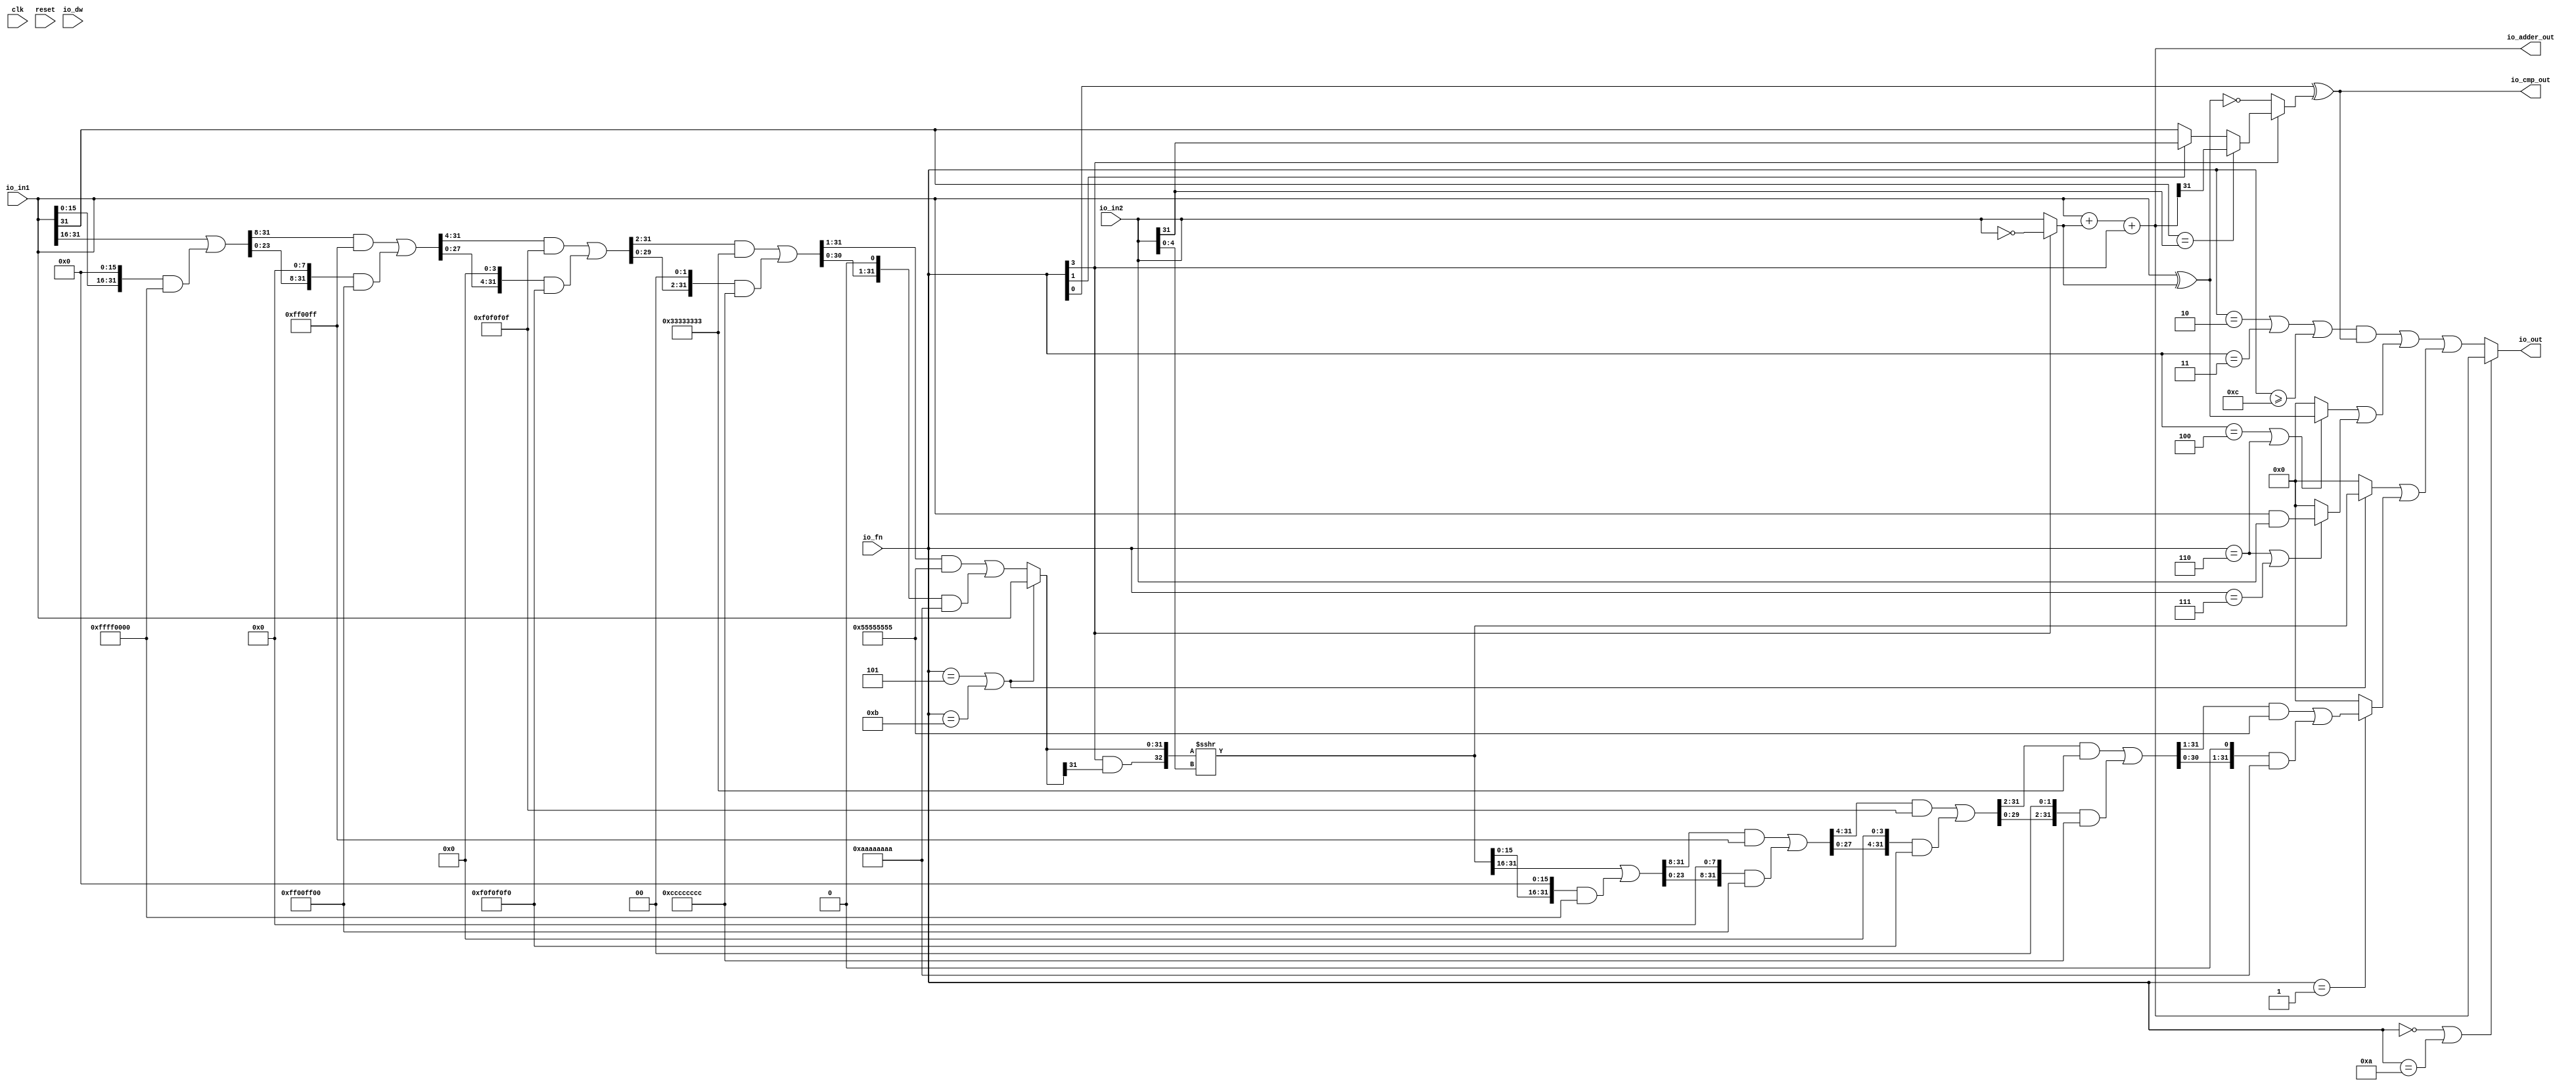
// Copyright (c) 2017, Microsemi Corporation
// All rights reserved.
//
// Redistribution and use in source and binary forms, with or without
// modification, are permitted provided that the following conditions are met:
//     * Redistributions of source code must retain the above copyright
//       notice, this list of conditions and the following disclaimer.
//     * Redistributions in binary form must reproduce the above copyright
//       notice, this list of conditions and the following disclaimer in the
//       documentation and/or other materials provided with the distribution.
//     * Neither the name of the <organization> nor the
//       names of its contributors may be used to endorse or promote products
//       derived from this software without specific prior written permission.
//
// THIS SOFTWARE IS PROVIDED BY THE COPYRIGHT HOLDERS AND CONTRIBUTORS "AS IS" AND
// ANY EXPRESS OR IMPLIED WARRANTIES, INCLUDING, BUT NOT LIMITED TO, THE IMPLIED
// WARRANTIES OF MERCHANTABILITY AND FITNESS FOR A PARTICULAR PURPOSE ARE
// DISCLAIMED. IN NO EVENT SHALL MICROSEMI CORPORATIONM BE LIABLE FOR ANY
// DIRECT, INDIRECT, INCIDENTAL, SPECIAL, EXEMPLARY, OR CONSEQUENTIAL DAMAGES
// (INCLUDING, BUT NOT LIMITED TO, PROCUREMENT OF SUBSTITUTE GOODS OR SERVICES;
// LOSS OF USE, DATA, OR PROFITS; OR BUSINESS INTERRUPTION) HOWEVER CAUSED AND
// ON ANY THEORY OF LIABILITY, WHETHER IN CONTRACT, STRICT LIABILITY, OR TORT
// (INCLUDING NEGLIGENCE OR OTHERWISE) ARISING IN ANY WAY OUT OF THE USE OF THIS
// SOFTWARE, EVEN IF ADVISED OF THE POSSIBILITY OF SUCH DAMAGE.
//
// Description:
//
// SVN Revision Information:
// SVN $Revision: 29484 $
// SVN $Date: 2017-03-31 09:57:25 +0100 (Fri, 31 Mar 2017) $
//
// Resolved SARs
// SAR      Date     Who   Description
//
// Notes:
//
// ****************************************************************************/
`define RANDOMIZE
`timescale 1ns/10ps
module PROC_SUBSYSTEM_CORERISCV_AXI4_0_CORERISCV_AXI4_ALU(
  input   clk,
  input   reset,
  input   io_dw,
  input  [3:0] io_fn,
  input  [31:0] io_in2,
  input  [31:0] io_in1,
  output [31:0] io_out,
  output [31:0] io_adder_out,
  output  io_cmp_out
);
  wire  T_6;
  wire [31:0] T_7;
  wire [31:0] in2_inv;
  wire [31:0] in1_xor_in2;
  wire [32:0] T_8;
  wire [31:0] T_9;
  wire [31:0] GEN_0;
  wire [32:0] T_11;
  wire [31:0] T_12;
  wire  T_13;
  wire  T_16;
  wire  T_18;
  wire  T_19;
  wire  T_20;
  wire  T_21;
  wire  T_22;
  wire  T_23;
  wire  T_26;
  wire  T_27;
  wire  T_28;
  wire  T_29;
  wire [4:0] shamt;
  wire  T_30;
  wire  T_31;
  wire  T_32;
  wire [15:0] T_37;
  wire [31:0] T_38;
  wire [15:0] T_39;
  wire [31:0] GEN_1;
  wire [31:0] T_40;
  wire [31:0] T_42;
  wire [31:0] T_43;
  wire [23:0] T_47;
  wire [31:0] GEN_2;
  wire [31:0] T_48;
  wire [23:0] T_49;
  wire [31:0] GEN_3;
  wire [31:0] T_50;
  wire [31:0] T_52;
  wire [31:0] T_53;
  wire [27:0] T_57;
  wire [31:0] GEN_4;
  wire [31:0] T_58;
  wire [27:0] T_59;
  wire [31:0] GEN_5;
  wire [31:0] T_60;
  wire [31:0] T_62;
  wire [31:0] T_63;
  wire [29:0] T_67;
  wire [31:0] GEN_6;
  wire [31:0] T_68;
  wire [29:0] T_69;
  wire [31:0] GEN_7;
  wire [31:0] T_70;
  wire [31:0] T_72;
  wire [31:0] T_73;
  wire [30:0] T_77;
  wire [31:0] GEN_8;
  wire [31:0] T_78;
  wire [30:0] T_79;
  wire [31:0] GEN_9;
  wire [31:0] T_80;
  wire [31:0] T_82;
  wire [31:0] T_83;
  wire [31:0] shin;
  wire  T_85;
  wire  T_86;
  wire [32:0] T_87;
  wire [32:0] T_88;
  wire [32:0] T_89;
  wire [31:0] shout_r;
  wire [15:0] T_94;
  wire [31:0] T_95;
  wire [15:0] T_96;
  wire [31:0] GEN_10;
  wire [31:0] T_97;
  wire [31:0] T_99;
  wire [31:0] T_100;
  wire [23:0] T_104;
  wire [31:0] GEN_11;
  wire [31:0] T_105;
  wire [23:0] T_106;
  wire [31:0] GEN_12;
  wire [31:0] T_107;
  wire [31:0] T_109;
  wire [31:0] T_110;
  wire [27:0] T_114;
  wire [31:0] GEN_13;
  wire [31:0] T_115;
  wire [27:0] T_116;
  wire [31:0] GEN_14;
  wire [31:0] T_117;
  wire [31:0] T_119;
  wire [31:0] T_120;
  wire [29:0] T_124;
  wire [31:0] GEN_15;
  wire [31:0] T_125;
  wire [29:0] T_126;
  wire [31:0] GEN_16;
  wire [31:0] T_127;
  wire [31:0] T_129;
  wire [31:0] T_130;
  wire [30:0] T_134;
  wire [31:0] GEN_17;
  wire [31:0] T_135;
  wire [30:0] T_136;
  wire [31:0] GEN_18;
  wire [31:0] T_137;
  wire [31:0] T_139;
  wire [31:0] shout_l;
  wire [31:0] T_144;
  wire  T_145;
  wire [31:0] T_147;
  wire [31:0] shout;
  wire  T_148;
  wire  T_149;
  wire  T_150;
  wire [31:0] T_152;
  wire  T_154;
  wire  T_155;
  wire [31:0] T_156;
  wire [31:0] T_158;
  wire [31:0] logic$;
  wire  T_159;
  wire  T_160;
  wire  T_161;
  wire  T_162;
  wire  T_163;
  wire  T_164;
  wire [31:0] GEN_19;
  wire [31:0] T_165;
  wire [31:0] shift_logic;
  wire  T_166;
  wire  T_167;
  wire  T_168;
  wire [31:0] out;
  assign io_out = out;
  assign io_adder_out = T_12;
  assign io_cmp_out = T_29;
  assign T_6 = io_fn[3];
  assign T_7 = ~ io_in2;
  assign in2_inv = T_6 ? T_7 : io_in2;
  assign in1_xor_in2 = io_in1 ^ in2_inv;
  assign T_8 = io_in1 + in2_inv;
  assign T_9 = T_8[31:0];
  assign GEN_0 = {{31'd0}, T_6};
  assign T_11 = T_9 + GEN_0;
  assign T_12 = T_11[31:0];
  assign T_13 = io_fn[0];
  assign T_16 = T_6 == 1'h0;
  assign T_18 = in1_xor_in2 == 32'h0;
  assign T_19 = io_in1[31];
  assign T_20 = io_in2[31];
  assign T_21 = T_19 == T_20;
  assign T_22 = io_adder_out[31];
  assign T_23 = io_fn[1];
  assign T_26 = T_23 ? T_20 : T_19;
  assign T_27 = T_21 ? T_22 : T_26;
  assign T_28 = T_16 ? T_18 : T_27;
  assign T_29 = T_13 ^ T_28;
  assign shamt = io_in2[4:0];
  assign T_30 = io_fn == 4'h5;
  assign T_31 = io_fn == 4'hb;
  assign T_32 = T_30 | T_31;
  assign T_37 = io_in1[31:16];
  assign T_38 = {{16'd0}, T_37};
  assign T_39 = io_in1[15:0];
  assign GEN_1 = {{16'd0}, T_39};
  assign T_40 = GEN_1 << 16;
  assign T_42 = T_40 & 32'hffff0000;
  assign T_43 = T_38 | T_42;
  assign T_47 = T_43[31:8];
  assign GEN_2 = {{8'd0}, T_47};
  assign T_48 = GEN_2 & 32'hff00ff;
  assign T_49 = T_43[23:0];
  assign GEN_3 = {{8'd0}, T_49};
  assign T_50 = GEN_3 << 8;
  assign T_52 = T_50 & 32'hff00ff00;
  assign T_53 = T_48 | T_52;
  assign T_57 = T_53[31:4];
  assign GEN_4 = {{4'd0}, T_57};
  assign T_58 = GEN_4 & 32'hf0f0f0f;
  assign T_59 = T_53[27:0];
  assign GEN_5 = {{4'd0}, T_59};
  assign T_60 = GEN_5 << 4;
  assign T_62 = T_60 & 32'hf0f0f0f0;
  assign T_63 = T_58 | T_62;
  assign T_67 = T_63[31:2];
  assign GEN_6 = {{2'd0}, T_67};
  assign T_68 = GEN_6 & 32'h33333333;
  assign T_69 = T_63[29:0];
  assign GEN_7 = {{2'd0}, T_69};
  assign T_70 = GEN_7 << 2;
  assign T_72 = T_70 & 32'hcccccccc;
  assign T_73 = T_68 | T_72;
  assign T_77 = T_73[31:1];
  assign GEN_8 = {{1'd0}, T_77};
  assign T_78 = GEN_8 & 32'h55555555;
  assign T_79 = T_73[30:0];
  assign GEN_9 = {{1'd0}, T_79};
  assign T_80 = GEN_9 << 1;
  assign T_82 = T_80 & 32'haaaaaaaa;
  assign T_83 = T_78 | T_82;
  assign shin = T_32 ? io_in1 : T_83;
  assign T_85 = shin[31];
  assign T_86 = T_6 & T_85;
  assign T_87 = {T_86,shin};
  assign T_88 = $signed(T_87);
  assign T_89 = $signed(T_88) >>> shamt;
  assign shout_r = T_89[31:0];
  assign T_94 = shout_r[31:16];
  assign T_95 = {{16'd0}, T_94};
  assign T_96 = shout_r[15:0];
  assign GEN_10 = {{16'd0}, T_96};
  assign T_97 = GEN_10 << 16;
  assign T_99 = T_97 & 32'hffff0000;
  assign T_100 = T_95 | T_99;
  assign T_104 = T_100[31:8];
  assign GEN_11 = {{8'd0}, T_104};
  assign T_105 = GEN_11 & 32'hff00ff;
  assign T_106 = T_100[23:0];
  assign GEN_12 = {{8'd0}, T_106};
  assign T_107 = GEN_12 << 8;
  assign T_109 = T_107 & 32'hff00ff00;
  assign T_110 = T_105 | T_109;
  assign T_114 = T_110[31:4];
  assign GEN_13 = {{4'd0}, T_114};
  assign T_115 = GEN_13 & 32'hf0f0f0f;
  assign T_116 = T_110[27:0];
  assign GEN_14 = {{4'd0}, T_116};
  assign T_117 = GEN_14 << 4;
  assign T_119 = T_117 & 32'hf0f0f0f0;
  assign T_120 = T_115 | T_119;
  assign T_124 = T_120[31:2];
  assign GEN_15 = {{2'd0}, T_124};
  assign T_125 = GEN_15 & 32'h33333333;
  assign T_126 = T_120[29:0];
  assign GEN_16 = {{2'd0}, T_126};
  assign T_127 = GEN_16 << 2;
  assign T_129 = T_127 & 32'hcccccccc;
  assign T_130 = T_125 | T_129;
  assign T_134 = T_130[31:1];
  assign GEN_17 = {{1'd0}, T_134};
  assign T_135 = GEN_17 & 32'h55555555;
  assign T_136 = T_130[30:0];
  assign GEN_18 = {{1'd0}, T_136};
  assign T_137 = GEN_18 << 1;
  assign T_139 = T_137 & 32'haaaaaaaa;
  assign shout_l = T_135 | T_139;
  assign T_144 = T_32 ? shout_r : 32'h0;
  assign T_145 = io_fn == 4'h1;
  assign T_147 = T_145 ? shout_l : 32'h0;
  assign shout = T_144 | T_147;
  assign T_148 = io_fn == 4'h4;
  assign T_149 = io_fn == 4'h6;
  assign T_150 = T_148 | T_149;
  assign T_152 = T_150 ? in1_xor_in2 : 32'h0;
  assign T_154 = io_fn == 4'h7;
  assign T_155 = T_149 | T_154;
  assign T_156 = io_in1 & io_in2;
  assign T_158 = T_155 ? T_156 : 32'h0;
  assign logic$ = T_152 | T_158;
  assign T_159 = io_fn == 4'h2;
  assign T_160 = io_fn == 4'h3;
  assign T_161 = T_159 | T_160;
  assign T_162 = io_fn >= 4'hc;
  assign T_163 = T_161 | T_162;
  assign T_164 = T_163 & io_cmp_out;
  assign GEN_19 = {{31'd0}, T_164};
  assign T_165 = GEN_19 | logic$;
  assign shift_logic = T_165 | shout;
  assign T_166 = io_fn == 4'h0;
  assign T_167 = io_fn == 4'ha;
  assign T_168 = T_166 | T_167;
  assign out = T_168 ? io_adder_out : shift_logic;
endmodule